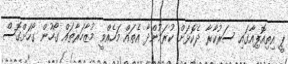
ޕީ އިތިއޮޕިއާގައި ސަރުކާރާ ދެކޮޅަށް ކުރަމުންދާ އެތައް މަހެއްވީ މުޒާހަރާތައް ގޯހުން ގޯހަށްގޮސް